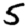
Digit: 5